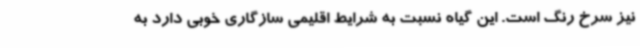
نیز سرخ رنگ است. این گیاه نسبت به شرایط اقلیمی سازگاری خوبی دارد به